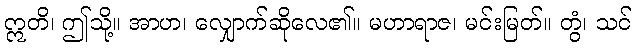
ဣတိ၊ ဤသို့။ အာဟ၊ လျှောက်ဆိုလေ၏။ မဟာရာဇ၊ မင်းမြတ်။ တွံ၊ သင်